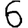
Digit: 6